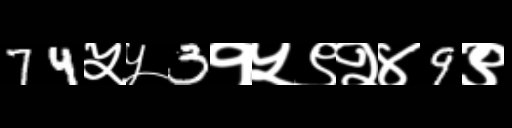
Text: 74५५3१५९२४9९